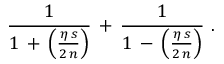
\frac { 1 } { 1 \, + \, \left( \frac { \eta \, s } { 2 \, n } \right) } \, + \, \frac { 1 } { 1 \, - \, \left( \frac { \eta \, s } { 2 \, n } \right) } \, \, .